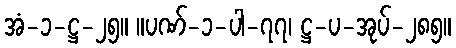
အံ-၁-ဋ္ဌ-၂၅။ ။ပဏ်-၁-ပါ-၇၇၊ ဋ္ဌ-ပ-အုပ်-၂၈၅။